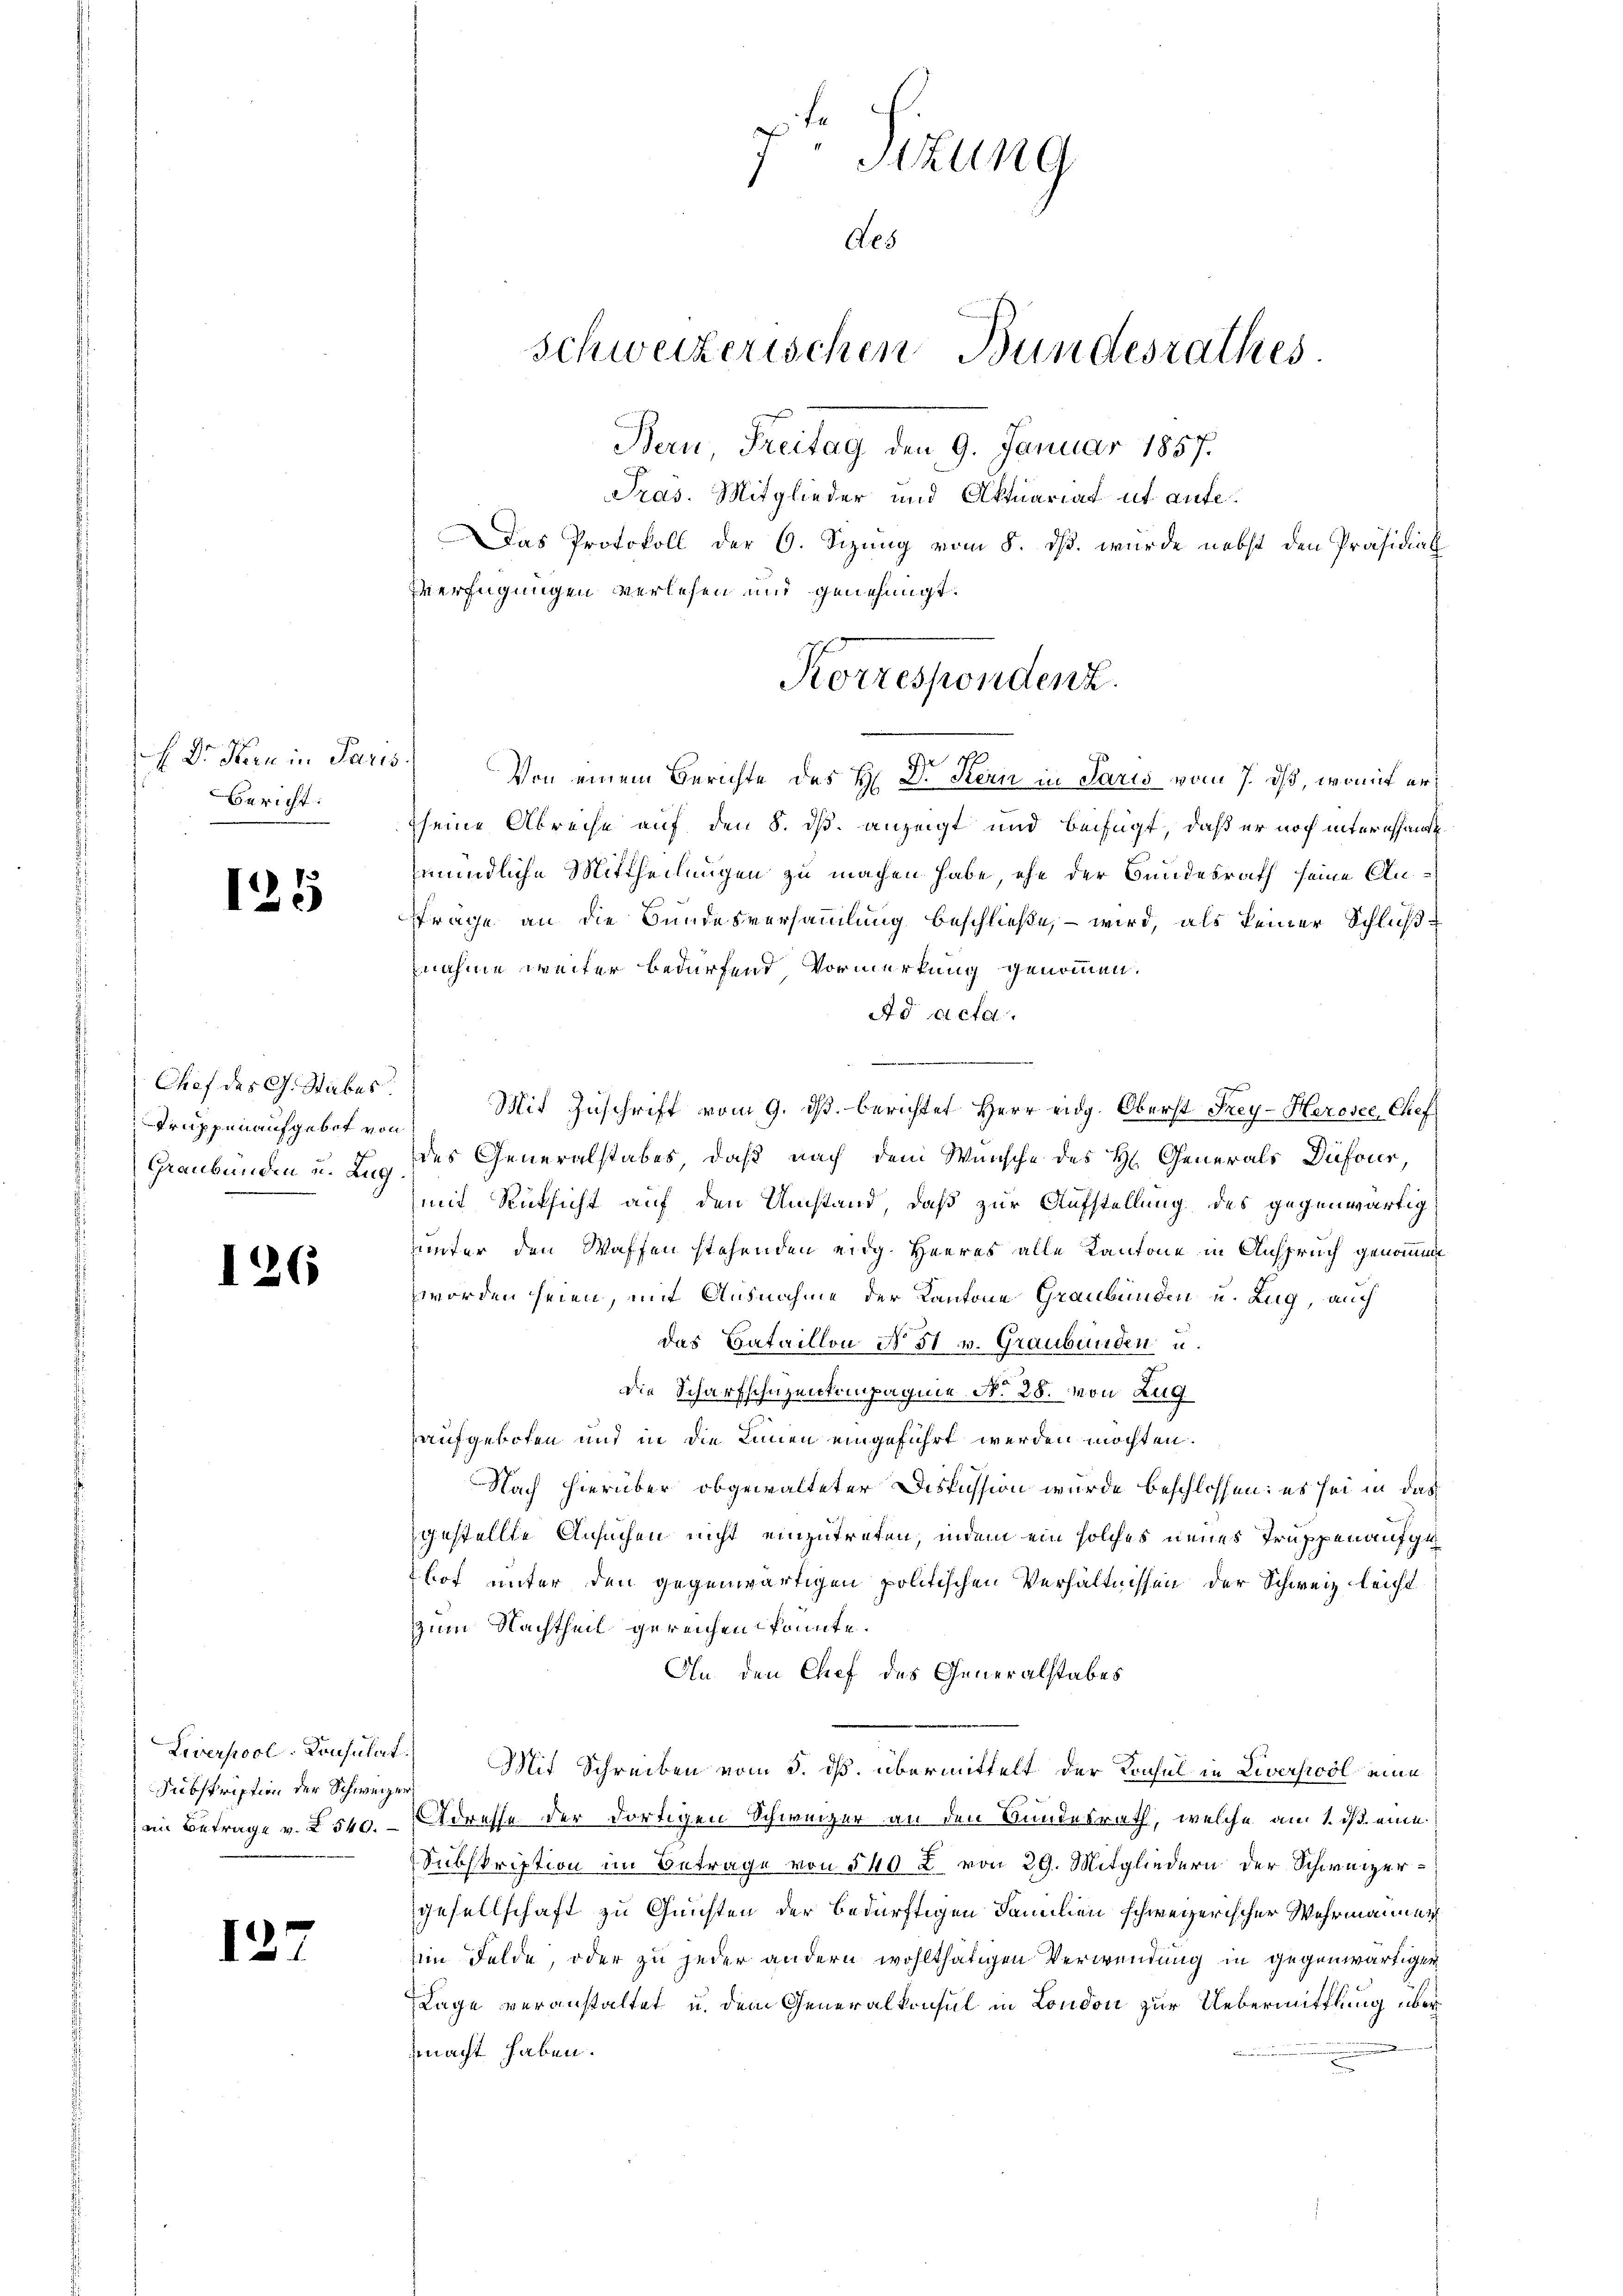
Dr. Kern in Paris
Bericht:

125

Chef des G. Stabes.
Truppen aufgebet von
Graubünden u. Zug

126

Liverpool. Konsulat
Subskription der Schweizer
en Betrage v. § 540.

I.

S.
e
Von einem Berichte des H. B. Stern in Paris vom 7. ds, womit erseine Abreise auf den 8. dß. anzeigt und beifügt, daß er noch interessandtmündliche Mittheilungen zu machen habe, ehe der Bundesrath seine An¬
Frage an die Bundesversammlung beschließe, – wird, als keiner Schlußnahme weiter bedürfend Vormerkung genommen.
Ad Acta.
 Mit Zuschrift vom 9. ds. berichtet Herr eidg. Oberst Frey-Herosee, Chef
des Generalstabes, daß nach dem Wunsche des H. Generals Dufour
mit Rücksicht auf den Umstand, daß zur Aufstellung des gegenwärtig
uunter den Waffen stehenden eidg. Heeres alle Kantone in Anspruch genommen
worden seien, mit Ausnahme der Kantone Graubünden u. Zug, auch
das Bataillon No 31 v. Graubünden u.
die Scharfschuzenkompagnie No 28. von Zug
aufgeboten und in die Linien eingeführt werden möchten.
Nach hierüber obgewalteter Diskussion wurde beschlossen: es sei in das
gestellte Ansuchen nicht einzutreten, indem ein solches neues Truppenaufge
hot unter den gegenwärtigen politischen Verhältnissen der Schweiz leicht
zum Nachtheil gereichen könnte.
An den Chef des Generalstabes
Mit Schreiben vom 5. ds. übermittelt der Konsul in Liverpool eine
Adresse der dortigen Schweizer an den Bundesrath, welche am 1. ist eine
Subskription im Betrage von 540 u. von 29. Mitgliedern der Schweizergesellschaft zu Gunsten der bedürftigen Familien schweizerischer Wehrmannen
im Felde, oder zu jeder andern wohlthätigen Verwendung in gegenwärtiger
Lage veranstaltet u. dem Generalkonsul in London zur Uebermittlung über
macht haben.

7. Sitzung
Aes
Schweizerischen Bundesrathes
Bern Freitag den 9. Januar 1857.
Pras. Mitglieder und Aktuariat ut aufe¬
Das Protokoll der 6. Sizung vom 8. ds. wurde nebst den Präsidial
verfügungen verlesen und genehmigt.

Korrespondenz.